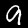
Label: 9